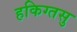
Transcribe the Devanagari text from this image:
हकिग्तसु